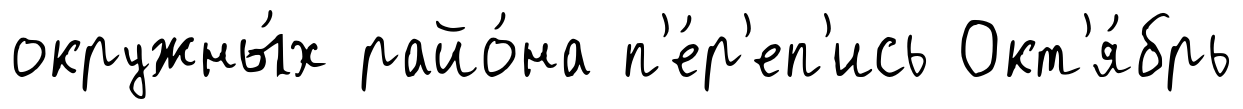
окружны́х райо́на п'е́р'еп'ись Окт'я́брь